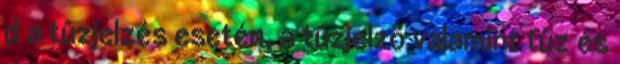
d a tûzjelzés esetén, a tûzjelzõ valamint tûz és